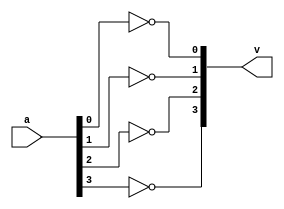
module  not_opration(v,a);
output  [3:0]v;
input [3:0]a;
not(v[0],a[0]);
not(v[1],a[1]);
not(v[2],a[2]);
not(v[3],a[3]);
endmodule